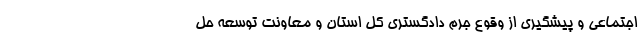
اجتماعی و پیشگیری از وقوع جرم دادگستری کل استان و معاونت توسعه حل